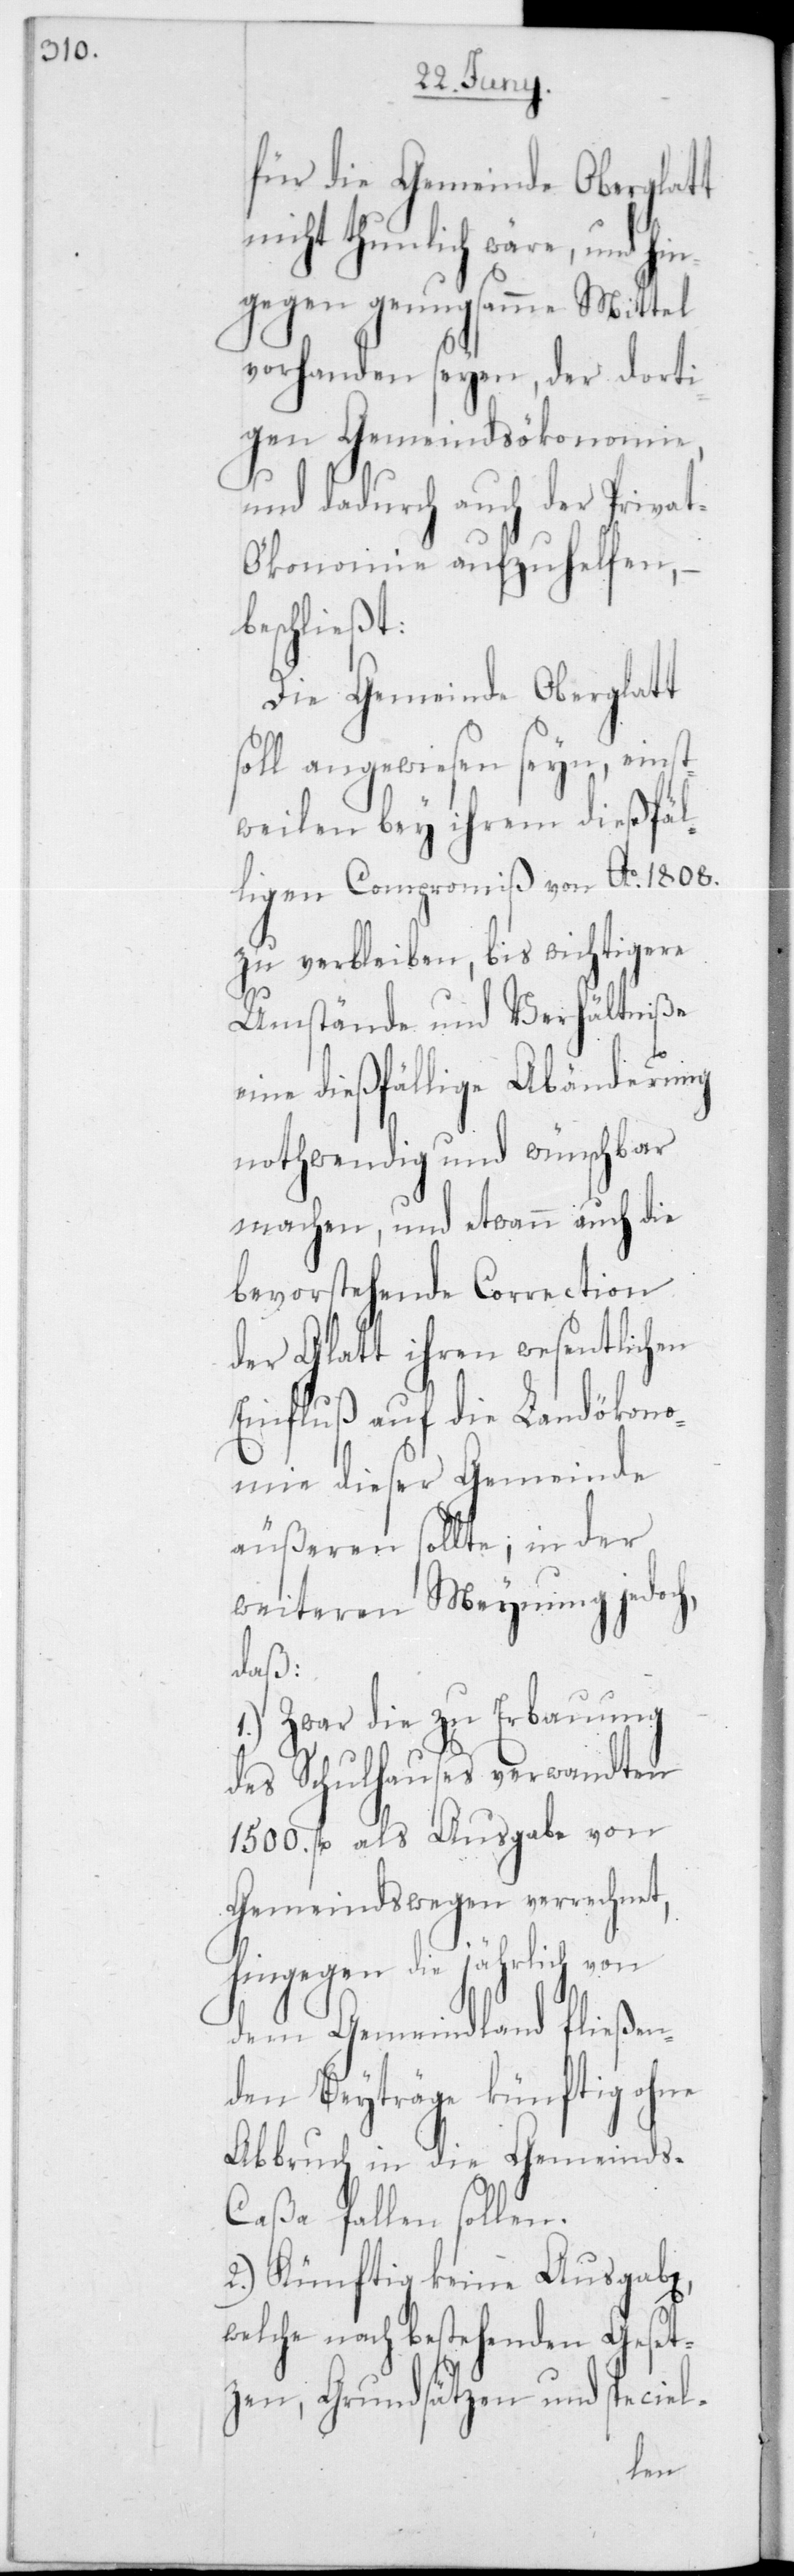
für die Gemeinde Oberglatt
nicht thunlich wäre, und hin¬
gegen genugsame Mittel
vorhanden seyen, der dorti¬
gen Gemeindsökonomie,
und dadurch auch der Priva¬
t-Ökonomie aufzuhelfen, –
beschließt:
Die Gemeinde Oberglatt
soll angewiesen seyn, einst¬
weilen bey ihrem dießfäl¬
ligen Compromiß von Ao 1808
zu verbleiben, bis wichtigere
Umstände und Verhältniße
eine dießfällige Abänderung
nothwendig und wünschbar
machen, und etwann auch die
bevorstehende Correction
der Glatt ihren wesentlichen
Einfluß auf die Landökono¬
mie dieser Gemeinde
äußeren sollte; in der
weiteren Meynung jedoch,
daß:
1.) Zwar die zu Erbauung
des Schulhauses verwandten
1500 fl. als Ausgabe von
Gemeindswegen verrechnet,
hingegen die jährlich von
dem Gemeindland fließen¬
den Beyträge künftig ohne
Abbruch in die Gemeind¬
s-Caßa fallen sollen.
2.) Künftig keine Ausgaben,
welche nach bestehenden Geset¬
zen, Grundsätzen und speciel-